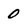
Character: 0